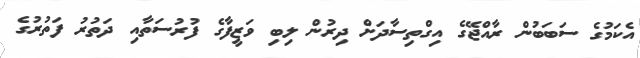
އެކަމުގެ ސަބަބުން ރާއްޖޭގެ އިގްތިސާދަށް ދިރުން ލިބި ވަޒީފާގެ ފުރުސަތާއި ދަތުރު ފަތުރުގެ